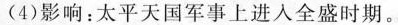
(4)影响：太平天国军事上进入全盛时期。